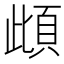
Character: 𩑽